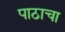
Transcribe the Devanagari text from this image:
पाठाचा